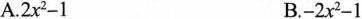
A$$.2x^{2}-1$$ B.$$-2x^{2}-1$$